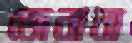
জেনানা